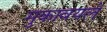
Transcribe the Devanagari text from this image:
मुकावयले